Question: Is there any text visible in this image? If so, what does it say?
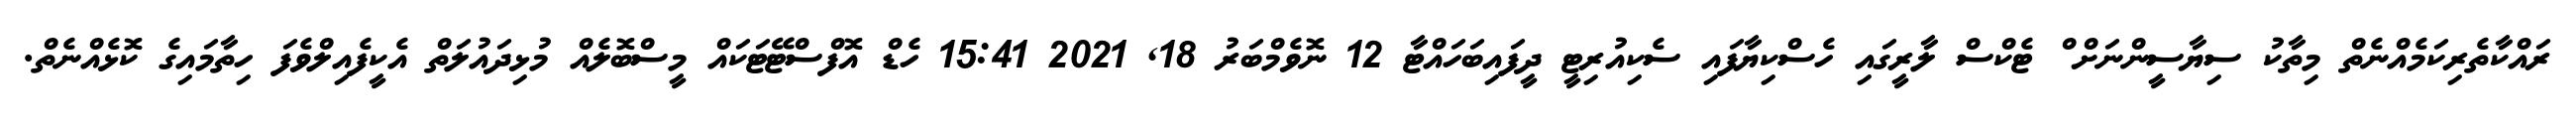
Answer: ރައްކާތެރިކަމެއްނެތް މިތާކު ސިޔާސީންނަށް ް ޓެކްސް ލާރީގައި ހެސްކިޔާފައި ސެކިއުރިޓީ ދީފައިބަހައްޓާ 12 ނޮވެމްބަރު 18, 2021 15:41 ހެޑް އޮފްސްޓޭޓަކައް މީސްބޮލެއް މުޅިދައުލަތް އެކީފެއިލްވެފަ ހިތާމައިގެ ކޮޅެއްނެތް.